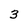
Character: 3